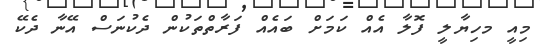
މިއީ މހިޔާލީ ފޮލާ އެއް ކަމަށް ބައެއް ފަރާތްތަކުން ދެކުނަސް އޭނާ ދެކޭ